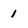
Character: 1